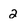
Character: 2